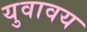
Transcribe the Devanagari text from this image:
युवावय